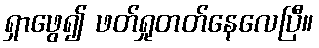
ရှာဖွေ၍ ဖတ်ရှုတတ်နေလေပြီ။